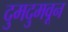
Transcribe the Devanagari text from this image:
दुमदुमवून